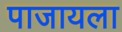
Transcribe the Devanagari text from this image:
पाजायला